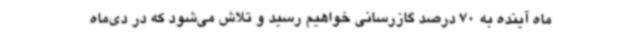
ماه آینده به 70 درصد گازرسانی خواهیم رسید و تلاش می‌شود که در دی‌ماه